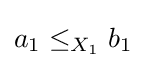
a_{1}\leq _{X_{1}}b_{1}